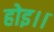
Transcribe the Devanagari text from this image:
होइ।।